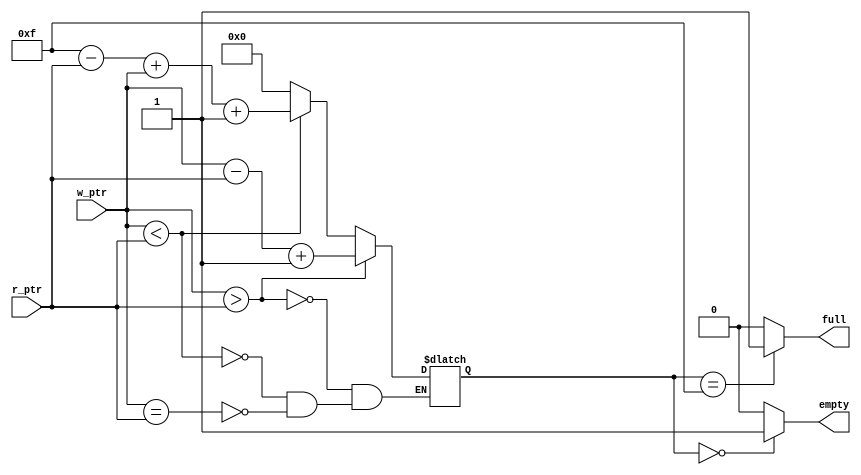
// This program was cloned from: https://github.com/JeffDeCola/my-verilog-examples
// License: MIT License

// A synchronous fifo compare and status
// The job of this modeul is to provide empty and full flags.

module compare_and_status_logic (
    input  [3:0] w_ptr,     // Write pointer
    output reg   full,      // Full
    input  [3:0] r_ptr,     // Read pointer
    output reg   empty);    // Empty

    parameter depth = 4'b1111;  // Depth of the FIFO

    // DATA TYPES
    reg [3:0] ptr_diff;

    // FULL STATUS
    always @(*) begin
        if (ptr_diff == depth) begin
          full = 1'b1;
        end else begin
          full = 1'b0;
        end
    end

    // EMPTY STATUS
    always @(*) begin
        if (ptr_diff == 0) begin
          empty = 1'b1;
        end else begin
          empty = 1'b0;
        end
    end

    // HOW MUCH MEMORY USED
    // ALWAYS BLOCK with NON-BLOCKING PROCEDURAL ASSIGNMENT STATEMENT
    always @(*) begin
        if (w_ptr > r_ptr) begin
            ptr_diff <= w_ptr - r_ptr + 1;
        end else if (w_ptr < r_ptr) begin
            ptr_diff <= (depth - r_ptr) + w_ptr + 1;
        end else if (w_ptr == r_ptr) begin
            ptr_diff <= 0;
        end
    end

endmodule